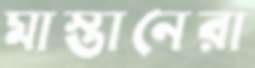
মাস্তানেরা